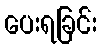
ပေးရခြင်း